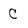
Character: C